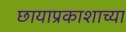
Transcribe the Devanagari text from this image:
छायाप्रकाशाच्या